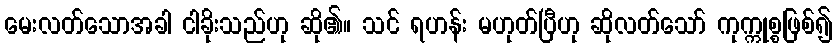
မေးလတ်သောအခါ ငါခိုးသည်ဟု ဆို၏။ သင် ရဟန်း မဟုတ်ပြီဟု ဆိုလတ်သော် ကုက္ကုစ္စဖြစ်၍